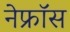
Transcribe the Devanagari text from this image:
नेफ्रॉस